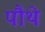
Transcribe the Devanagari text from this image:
पौथे